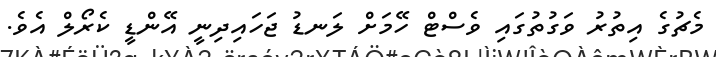
މެޗުގެ އިތުރު ވަގުތުގައި ވެސްޓް ހޭމަށް ލަނޑު ޖަހައިދިނީ އޭންޑީ ކެރޯލް އެވެ.